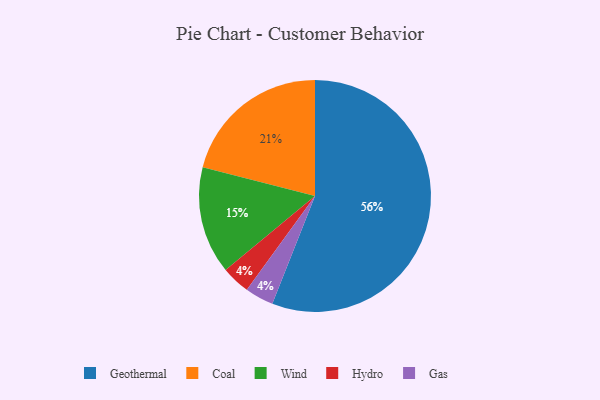
{"axis": {"x": "Category", "y": "Percentage"}, "legend": ["Coal", "Gas", "Geothermal", "Hydro", "Wind"], "data": [{"x": "Hydro", "y": 4, "type": "Hydro"}, {"x": "Coal", "y": 21, "type": "Coal"}, {"x": "Gas", "y": 4, "type": "Gas"}, {"x": "Geothermal", "y": 56, "type": "Geothermal"}, {"x": "Wind", "y": 15, "type": "Wind"}]}